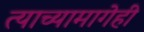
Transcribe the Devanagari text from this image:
त्याच्यामागेही